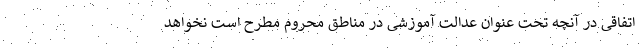
اتفاقی در آنچه تحت عنوان عدالت آموزشی در مناطق محروم مطرح است نخواهد